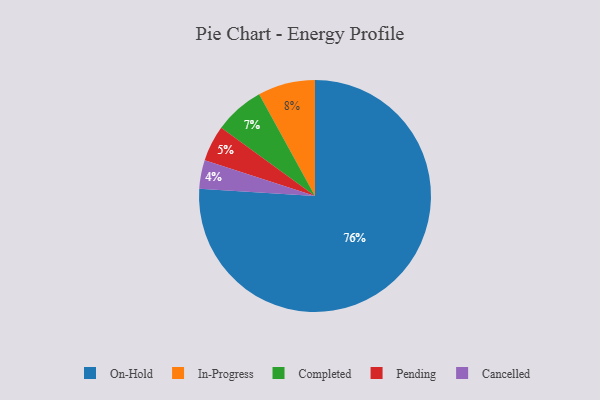
{"axis": {"x": "Category", "y": "Percentage"}, "legend": ["Cancelled", "Completed", "In-Progress", "On-Hold", "Pending"], "data": [{"x": "Completed", "y": 7, "type": "Completed"}, {"x": "On-Hold", "y": 76, "type": "On-Hold"}, {"x": "Cancelled", "y": 4, "type": "Cancelled"}, {"x": "Pending", "y": 5, "type": "Pending"}, {"x": "In-Progress", "y": 8, "type": "In-Progress"}]}